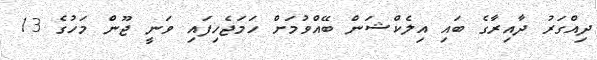
ދިއްގަރު ދާއިރާގެ ބައި އިލެކްޝަން ބޭއްވުމަށް ހަމަޖެހިފައި ވަނީ ޖޫން މަހުގެ 13